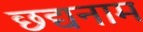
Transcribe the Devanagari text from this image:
छद्यनाम